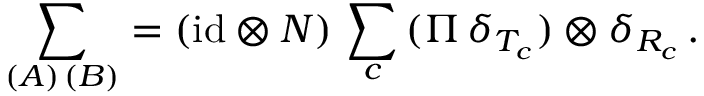
\sum _ { ( A ) \, ( B ) } = ( \mathrm { i d } \otimes N ) \, \sum _ { c } \, ( \Pi \, \delta _ { T _ { c } } ) \otimes \delta _ { R _ { c } } \, .